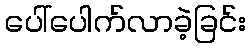
ပေါ်ပေါက်လာခဲ့ခြင်း